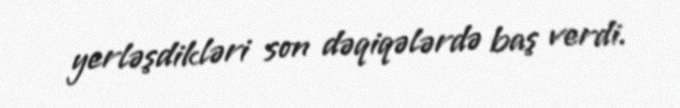
yerləşdikləri son dəqiqələrdə baş verdi.